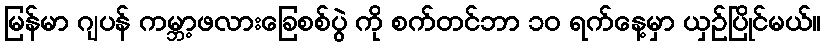
မြန်မာ ဂျပန် ကမ္ဘာ့ဖလားခြေစစ်ပွဲ ကို စက်တင်ဘာ ၁၀ ရက်နေ့မှာ ယှဉ်ပြိုင်မယ်။